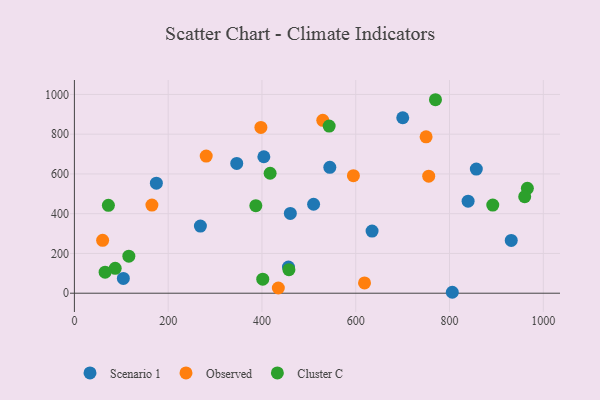
{"axis": {"x": "Speed", "y": "Exam Score"}, "legend": ["Cluster C", "Observed", "Scenario 1"], "data": [{"x": "700.2", "y": 882.6, "type": "Scenario 1"}, {"x": "931.6", "y": 265.7, "type": "Scenario 1"}, {"x": "460.5", "y": 401.5, "type": "Scenario 1"}, {"x": "510.1", "y": 447.5, "type": "Scenario 1"}, {"x": "104.4", "y": 74.3, "type": "Scenario 1"}, {"x": "805.9", "y": 4.7, "type": "Scenario 1"}, {"x": "634.8", "y": 312.6, "type": "Scenario 1"}, {"x": "544.7", "y": 633.5, "type": "Scenario 1"}, {"x": "174.8", "y": 553.7, "type": "Scenario 1"}, {"x": "857.1", "y": 624.7, "type": "Scenario 1"}, {"x": "404.0", "y": 686.4, "type": "Scenario 1"}, {"x": "456.5", "y": 131.4, "type": "Scenario 1"}, {"x": "839.6", "y": 463.2, "type": "Scenario 1"}, {"x": "346.2", "y": 653.0, "type": "Scenario 1"}, {"x": "268.7", "y": 337.7, "type": "Scenario 1"}, {"x": "618.7", "y": 51.8, "type": "Observed"}, {"x": "434.9", "y": 26.1, "type": "Observed"}, {"x": "397.7", "y": 834.1, "type": "Observed"}, {"x": "595.0", "y": 591.5, "type": "Observed"}, {"x": "60.2", "y": 266.2, "type": "Observed"}, {"x": "750.0", "y": 786.8, "type": "Observed"}, {"x": "755.6", "y": 588.9, "type": "Observed"}, {"x": "281.1", "y": 690.0, "type": "Observed"}, {"x": "529.7", "y": 869.9, "type": "Observed"}, {"x": "165.3", "y": 443.6, "type": "Observed"}, {"x": "401.7", "y": 70.8, "type": "Cluster C"}, {"x": "770.0", "y": 973.4, "type": "Cluster C"}, {"x": "457.5", "y": 118.4, "type": "Cluster C"}, {"x": "87.0", "y": 125.3, "type": "Cluster C"}, {"x": "417.4", "y": 603.4, "type": "Cluster C"}, {"x": "386.9", "y": 440.4, "type": "Cluster C"}, {"x": "116.1", "y": 186.2, "type": "Cluster C"}, {"x": "966.0", "y": 527.8, "type": "Cluster C"}, {"x": "72.5", "y": 442.1, "type": "Cluster C"}, {"x": "892.2", "y": 443.2, "type": "Cluster C"}, {"x": "65.5", "y": 105.8, "type": "Cluster C"}, {"x": "960.3", "y": 485.8, "type": "Cluster C"}, {"x": "543.3", "y": 840.7, "type": "Cluster C"}]}